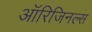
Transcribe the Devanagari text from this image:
ऑरिजिनल्स